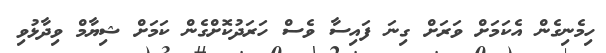
ހިމެނިގެން އެކަމަށް ވަރަށް ގިނަ ފައިސާ ވެސް ހަރަދުކޮށްގެން ކަމަށް ޝިޔާމް ވިދާޅުވި